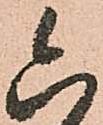
六